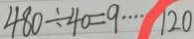
4 8 0 \div 4 0 = 9 \cdots 1 2 0